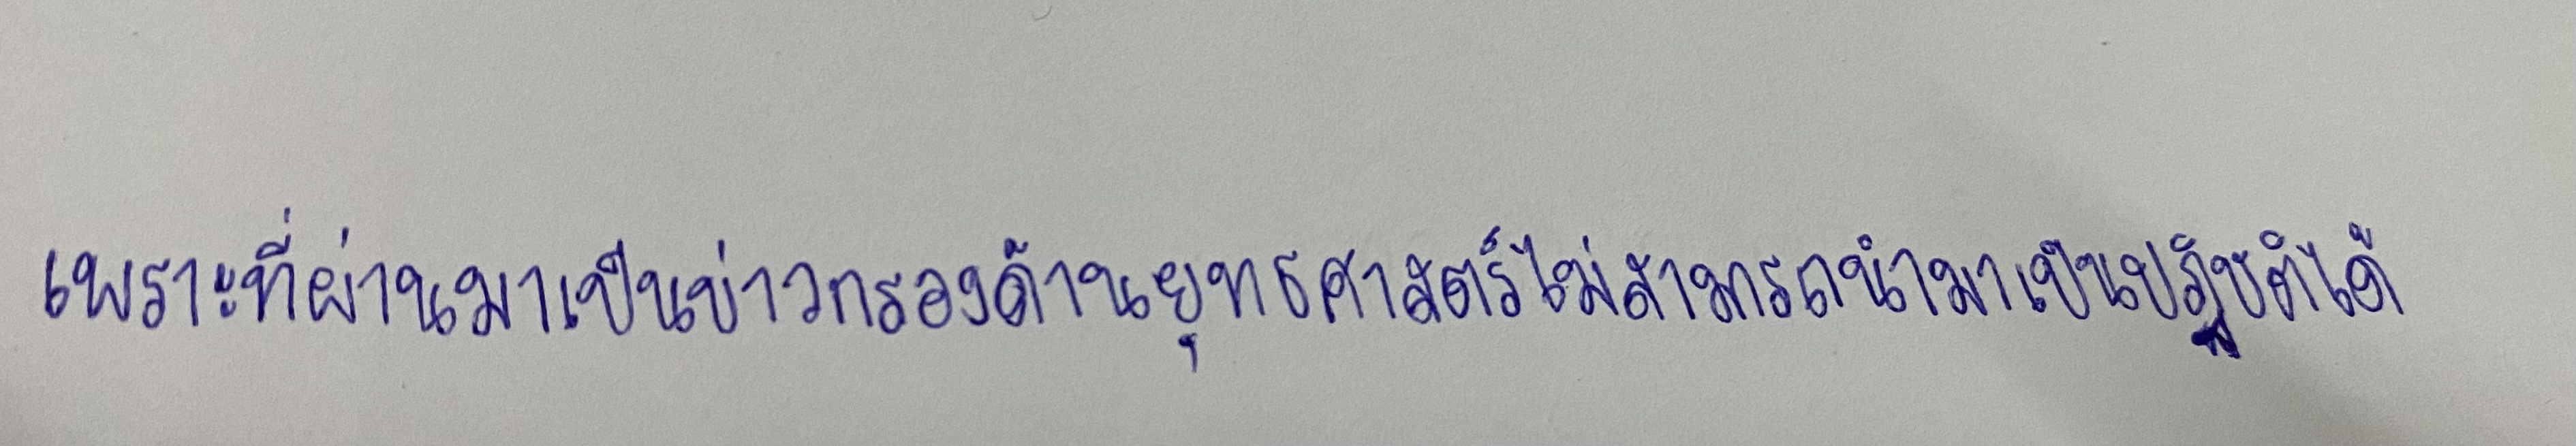
เพราะที่ผ่านมาเป็นข่าวกรองด้านยุทธศาสตร์ไม่สามารถนำมาเป็นปฏิบัติได้